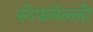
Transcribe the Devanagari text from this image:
स्टेफनेल्ली